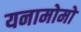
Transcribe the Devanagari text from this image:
यनामोमो